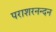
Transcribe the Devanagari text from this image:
पराशरनन्दन